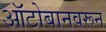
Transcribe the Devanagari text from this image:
ऑटोबानवरून